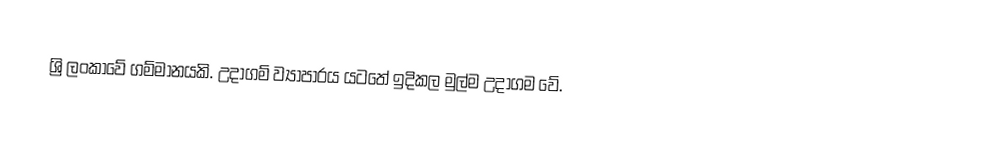
ශ්‍රි ලංකාවේ ගම්මානයකි. උදාගම් ව්‍යාපාරය යටතේ ඉදිකල මුල්ම උදාගම වේ.